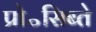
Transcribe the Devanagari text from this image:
प्रो॰सिब्ते